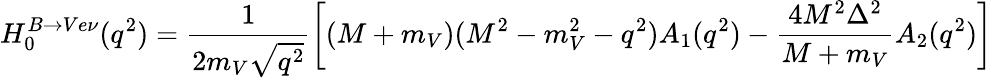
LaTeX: H_{0}^{B\to Ve\nu}(q^{2})=\frac 1{2m_{V}\sqrt{q^{2}}}\left[(M+m_{V})(M^{2}-m_{V}^{2}-q^{2})A_{1}(q^{2})-\frac{4M^{2}\Delta^{2}}{M+m_{V}}A_{2}(q^{2})\right]